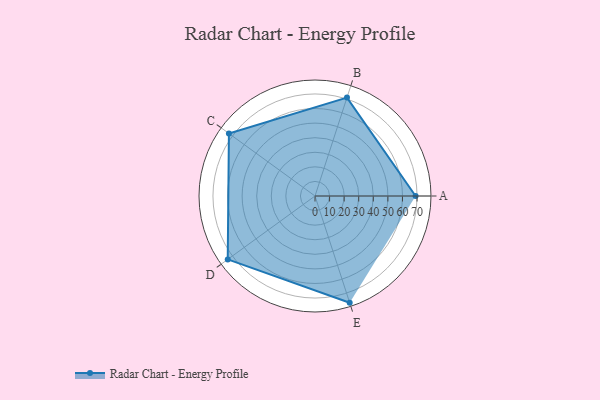
{"axis": {"x": "Skill", "y": "Score"}, "legend": ["Profile"], "data": [{"x": "A", "y": 69.0, "type": "Profile"}, {"x": "B", "y": 71.0, "type": "Profile"}, {"x": "C", "y": 73.0, "type": "Profile"}, {"x": "D", "y": 74.0, "type": "Profile"}, {"x": "E", "y": 77.0, "type": "Profile"}]}